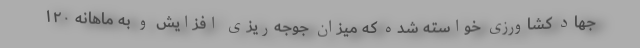
جهاد کشاورزی خواسته شده که میزان جوجه‌ریزی افزایش و به ماهانه ۱۲۰